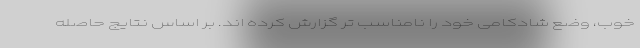
خوب، وضع شادکامی خود را نامناسب تر گزارش کرده اند. بر اساس نتایج حاصله